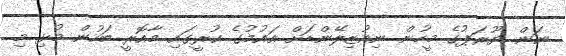
ނަން ޔޫރަޕުގެ މީހުން ނިއުޒިލޭންޑަށް އައުމުގެ ކުރީގައި މާއޮރީ ބަހުން މުޅި މި